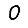
Digit: 0